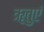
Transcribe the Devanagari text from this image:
ॠतुएं